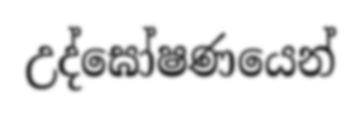
උද්ඝෝෂණයෙන්